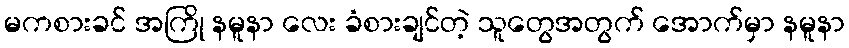
မကစားခင် အကြို နမူနာ လေး ခံစားချင်တဲ့ သူတွေအတွက် အောက်မှာ နမူနာ